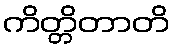
ကိတ္တိတာတိ